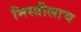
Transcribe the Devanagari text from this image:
मिस्त्रीलाच